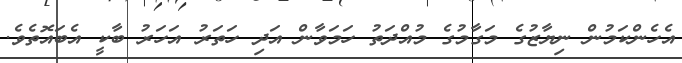
އެހެންކަމުން ނިޔާޒުގެ މަގާމުގެ މުއްދަތު ހަމަވާން އަދި ހަތަރު އަހަރު ބާކީ އެބައޮތެވެ.